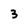
Character: 3